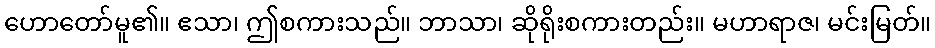
ဟောတော်မူ၏။ ဧသာ၊ ဤစကားသည်။ ဘာသာ၊ ဆိုရိုးစကားတည်း။ မဟာရာဇ၊ မင်းမြတ်။